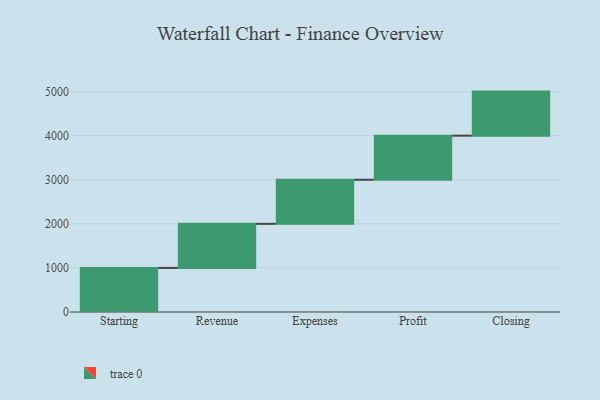
{"axis": {"x": "Step", "y": "Value"}, "legend": [""], "data": [{"x": "Starting", "y": 1000, "type": ""}, {"x": "Revenue", "y": 1000, "type": ""}, {"x": "Expenses", "y": 1000, "type": ""}, {"x": "Profit", "y": 1000, "type": ""}, {"x": "Closing", "y": 1000, "type": ""}]}